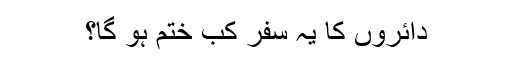
دائروں کا یہ سفر کب ختم ہو گا؟